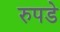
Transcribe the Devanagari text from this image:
रुपडे